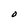
Character: O